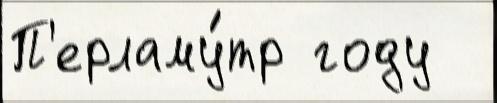
П'ерламу́тр году